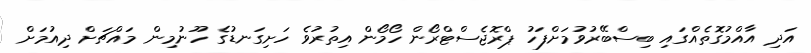
އަދި އާއްމުގޮތެއްގައި ބިސްބޭރުވުމަށްފަހު ޕްރޮޖެސްޓްރޯން ހޯމޯން އިތުރުވެ ހަށިގަނޑުގެ ހޫނުމިން މައްޗަށް ދިއުމަށް